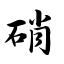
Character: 硝